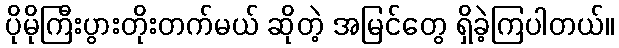
ပိုမိုကြီးပွားတိုးတက်မယ် ဆိုတဲ့ အမြင်တွေ ရှိခဲ့ကြပါတယ်။